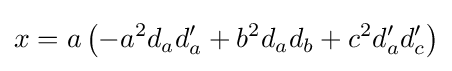
x=a\left(-a^{2}d_{a}d_{a}'+b^{2}d_{a}d_{b}+c^{2}d_{a}'d_{c}'\right)